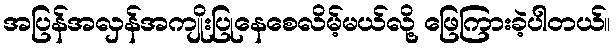
အပြန်အလှန်အကျိုးပြုနေစေလိမ့်မယ်လို့ ဖြေကြားခဲ့ပါတယ်။